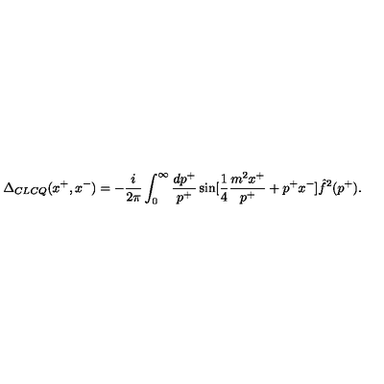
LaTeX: \Delta _ { C L C Q } ( x ^ { + } , x ^ { - } ) = - { \frac { i } { 2 \pi } } \int _ { 0 } ^ { \infty } { \frac { d p ^ { + } } { p ^ { + } } } \sin [ { \frac { 1 } { 4 } } { \frac { m ^ { 2 } x ^ { + } } { p ^ { + } } } + p ^ { + } x ^ { - } ] \hat { f } ^ { 2 } ( p ^ { + } ) .